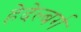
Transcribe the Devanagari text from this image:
हेदेल्बर्ग